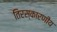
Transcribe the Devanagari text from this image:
तिरस्कारणीय